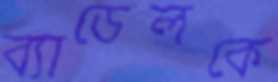
ব্যাডেলকে